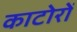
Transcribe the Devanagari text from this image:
काटोरों